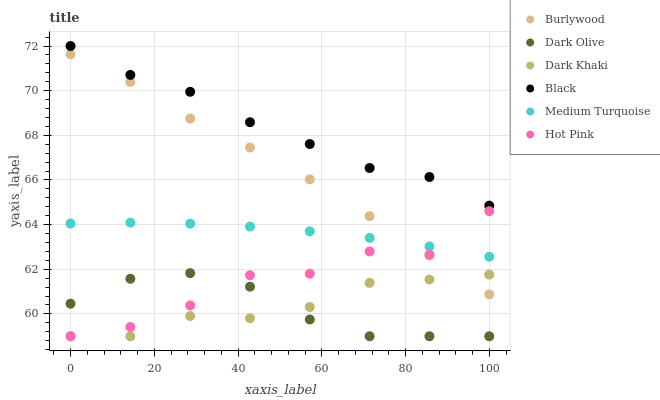
| xaxis_label | Burlywood | Dark Olive | Dark Khaki | Black | Medium Turquoise | Hot Pink |
 | --- | --- | --- | --- | --- | --- | --- |
 | 0 | 71.6 | 60.5 | 59 | 72 | 64 | 59 |
 | 14.3 | 70.4 | 61.6 | 59 | 70.7 | 64.1 | 59.4 |
 | 28.6 | 68.8 | 61.8 | 59.9 | 69.9 | 64 | 60.4 |
 | 42.9 | 67.5 | 61.2 | 59.8 | 68.6 | 63.9 | 61.7 |
 | 57.1 | 66 | 59.8 | 60.3 | 67.6 | 63.7 | 61.8 |
 | 71.4 | 64.4 | 59 | 61.4 | 66.5 | 63.4 | 62.8 |
 | 85.7 | 62.6 | 59 | 61.5 | 66.1 | 63 | 62.7 |
 | 100 | 60.9 | 59 | 61.8 | 64.9 | 62.6 | 64.6 |